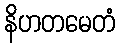
နိဟတမေတံ